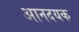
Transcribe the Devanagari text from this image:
आनदयक